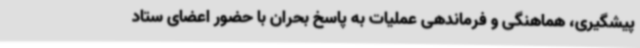
پیشگیری، هماهنگی و فرماندهی عملیات به پاسخ بحران با حضور اعضای ستاد